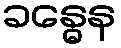
ခန္ဓေန